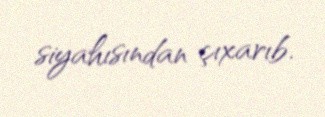
siyahısından çıxarıb.